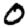
Digit: 0